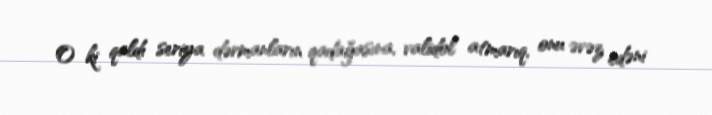
O ki qaldı seriya dərmanların qadağasına, validol atmarıq, onu əvəz edəni